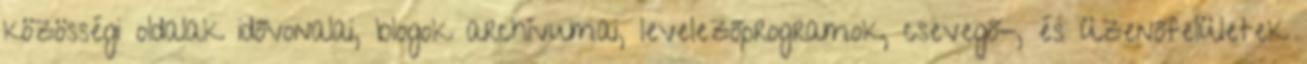
közösségi oldalak idővonalai, blogok archívumai, levelezőprogramok, csevegő-, és üzenőfelületek